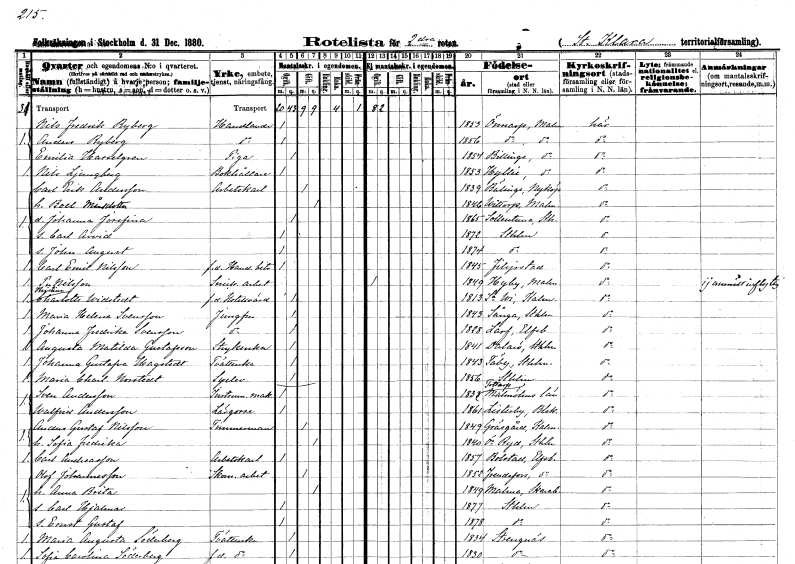
gt_parse: households: individuals: FN: Nils Fredrik
EN: Ryberg
YRKE: Handlande
KON: M
CIV: O
FODAR: 1853
FODFORS: Önnarp Malmöhus län
FN: Anders
EN: Ryberg
YRKE: Handlande
KON: M
CIV: O
FODAR: 1856
FODFORS: Önnarp Malmöhus län
FN: Emilia
EN: Hasselgren
YRKE: Piga
KON: K
CIV: O
FODAR: 1854
FODFORS: Billinge Malmöhus län
FN: Nils
EN: Ljungberg
YRKE: Bokhållare
KON: M
CIV: O
FODAR: 1853
FODFORS: Hyllie Malmöhus län
FN: Carl Erik
EN: Andersson
YRKE: Arbetskarl
KON: M
CIV: G
FODAR: 1839
FODFORS: Bälinge Södermanlands län
FN: Boel
EN: Månsdotter
KON: K
CIV: G
FODAR: 1846
FODFORS: Nittorp Älvsborgs län
FN: Johanna Josefina
KON: K
CIV: O
FODAR: 1865
FODFORS: Sollentuna Stockholms län
FN: Carl Arvid
KON: M
CIV: O
FODAR: 1872
FODFORS: Stockholm
FN: John August
KON: M
CIV: O
FODAR: 1874
FODFORS: Stockholm
FN: Carl Emil
EN: Nilsson
YRKE: Handelsbiträde f.d.
KON: M
CIV: O
FODAR: 1845
FODFORS: Filipstad Värmlands län
FN: Per
EN: Nilsson
YRKE: Snickeriarbetare
KON: M
CIV: O
FODAR: 1849
FODFORS: Hyby Malmöhus län
FN: Kristina Charlotte
EN: Widstedt
YRKE: Hotellvärd f.d.
KON: K
CIV: O
FODAR: 1813
FODFORS: Södra Vi Kalmar län
FN: Maria Helena
EN: Svensson
YRKE: Jungfru
KON: K
CIV: O
FODAR: 1843
FODFORS: Sånga Stockholms län
FN: Johanna Fredrika
EN: Svensson
YRKE: Jungfru
KON: K
CIV: O
FODAR: 1828
FODFORS: Larv Skaraborgs län
FN: Augusta Matilda
EN: Gustafsson
YRKE: Strykerska
KON: K
CIV: O
FODAR: 1841
FODFORS: Dalarö Stockholms län
FN: Johanna Gustafva
EN: Hagstedt
YRKE: Tvätterska
KON: K
CIV: O
FODAR: 1843
FODFORS: Täby Stockholms län
FN: Maria Charlotta
EN: Norstedt
YRKE: Syelev
KON: K
CIV: O
FODAR: 1856
FODFORS: Stockholm
FN: Sven
EN: Andersson
YRKE: Instrumentmakare
KON: M
CIV: O
FODAR: 1833
FODFORS: Tottarp Malmöhus län
FN: Walfrid
EN: Andersson
YRKE: Lärgosse
KON: M
CIV: O
FODAR: 1861
FODFORS: Listerby Blekinge län
FN: Anders Gustaf
EN: Nilsson
YRKE: Timmerman
KON: M
CIV: G
FODAR: 1849
FODFORS: Gräsgård Kalmar län
FN: Sofia Fredrika
KON: K
CIV: G
FODAR: 1840
FODFORS: Östra Ryd Stockholms län
FN: Carl
EN: Andreasson
YRKE: Arbetskarl
KON: M
CIV: O
FODAR: 1857
FODFORS: Bolstad Älvsborgs län
FN: Olof
EN: Johannesson
YRKE: Skomakeriarbetare
KON: M
CIV: G
FODAR: 1852
FODFORS: Frändefors Älvsborgs län
FN: Anna Brita
KON: K
CIV: G
FODAR: 1849
FODFORS: Malma Skaraborgs län
FN: Carl Hjalmar
KON: M
CIV: O
FODAR: 1877
FODFORS: Stockholm
FN: Ernst Gustaf
KON: M
CIV: O
FODAR: 1878
FODFORS: Stockholm